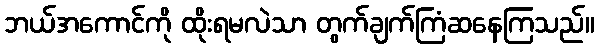
ဘယ်အကောင်ကို ထိုးရမလဲသာ တွက်ချက်ကြံဆနေကြသည်။